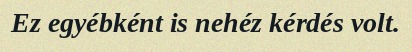
Ez egyébként is nehéz kérdés volt.